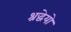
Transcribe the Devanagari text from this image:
श्रद्धेयो